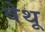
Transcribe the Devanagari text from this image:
वेथू